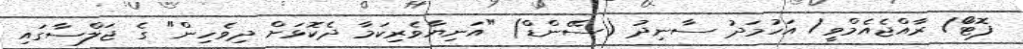
ފޮޓޯަ/ ރާއްޖެއެމްވީ/ އަހުމަދު ސާނިދު (ސޭންޑް) "އަނިޔާވެރިކަމާ ދެކޮޅަށް ދިވެހިން" ގެ ޖަލްސާގައި